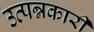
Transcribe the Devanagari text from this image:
उत्पन्नकारी